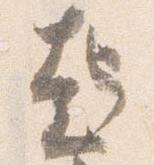
起